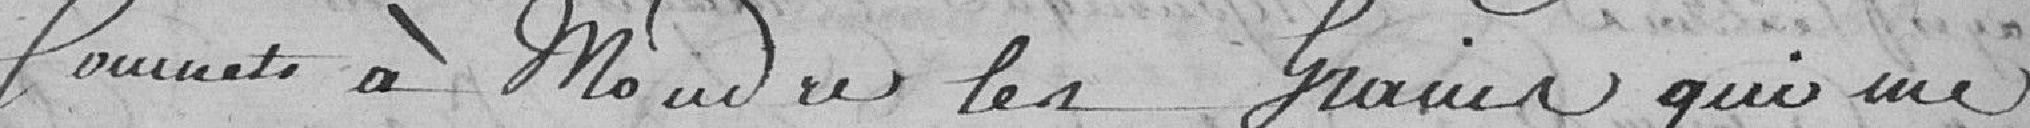
soumets à moudre les grains qui me